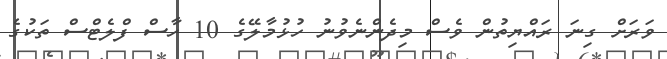
ވަރަށް ގިނަ ރައްޔިތުން ވެސް މިދެންނެވުނު ހުޅުމާލޭގެ 10 ހާސް ފްލެޓްސް ތަކުގެ